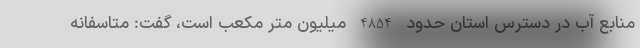
منابع آب در دسترس استان حدود 4854 میلیون متر مکعب است، گفت: متاسفانه